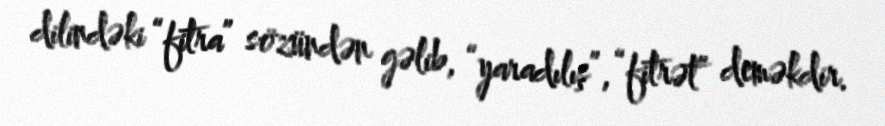
dilindəki “fitra” sözündən gəlib, “yaradılış”, “fitrət” deməkdir.